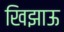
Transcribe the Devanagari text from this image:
खिझाऊ